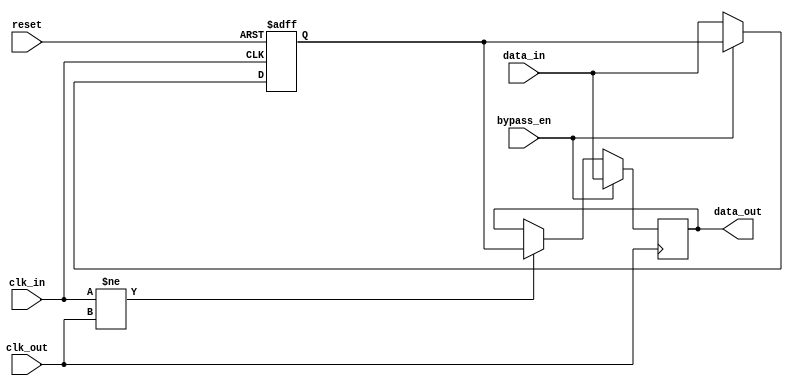
module CascadeBypassRegister(
    input wire clk_in,
    input wire clk_out,
    input wire reset,
    input wire bypass_en,
    input wire [DATA_WIDTH-1:0] data_in,
    output reg [DATA_WIDTH-1:0] data_out
);

parameter DATA_WIDTH = 8;

reg [DATA_WIDTH-1:0] buffer;

always @ (posedge clk_in or posedge reset) begin
    if (reset) begin
        buffer <= 0;
    end else begin
        if (!bypass_en) begin
            buffer <= data_in;
        end
    end
end

always @ (posedge clk_out) begin
    if (bypass_en) begin
        data_out <= data_in;
    end else begin
        if (clk_in != clk_out) begin
            data_out <= buffer;
        end
    end
end

endmodule